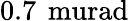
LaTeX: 0.7\, \mathrm{\ murad}